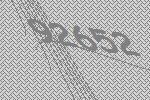
92652